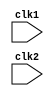
module pipe_MIPS32 (clk1,clk2);

input clk1,clk2;

reg [31:0] PC,IF_ID_IR,IF_ID_NPC;
reg [31:0] ID_EX_IR,ID_EX_NPC,ID_EX_A,ID_EX_B,ID_EX_Imm;
reg [2:0] ID_EX_type,EX_MEM_type,MEM_WB_type;
reg [31:0] EX_MEM_IR,EX_MEM_ALUOut,EX_MEM_B;
reg EX_MEM_cond;
reg [31:0] MEM_WB_IR,MEM_WB_ALUOut,MEM_WB_LMD;
reg [31:0] Reg[0:31];
reg [31:0] Mem[0:1023];
parameter ADD=6'b000000,SUB=6'b000001,AND=6'b000010,OR=6'b0000011,SLT=6'b000100,MUL=6'b000101,HLT=6'b111111, LW=6'b001000,
          SW=6'b001001,ADDI=6'b001010,SUBI=6'b001011,SLTI=6'b001100,BNEQZ=6'b001101,BEQZ=6'b001110;
parameter RR_ALU=3'b000,RM_ALU=3'b001,LOAD=3'b010, STORE=3'b011,BRANCH=3'B100,HALT=3'b101;

reg HALTED;
reg TAKEN_BRANCH;

//INSTRUCTION FETCH STAGE
always @(posedge clk1)
    if (HALTED==0)
    begin
        if (((EX_MEM_IR[31:26]==BEQZ) && (EX_MEM_cond==1))||((EX_MEM_IR[31:26]==BNEQZ) && (EX_MEM_cond==0)))
        begin
             IF_ID_IR      <=   #2 Mem[EX_MEM_ALUOut];
             TAKEN_BRANCH  <=   #2 1'b1;
             IF_ID_NPC     <=   #2 EX_MEM_ALUOut+1;
             PC            <=   #2 EX_MEM_ALUOut+1; 
        end        
        else
        begin
             IF_ID_IR      <=   #2 Mem[PC];
             IF_ID_NPC     <=   #2 PC+1;
             PC            <=   #2 PC+1;
        end
    end
 
 //INSTRUCTION DECODE STAGE
 always @(posedge clk2)
     if (HALTED == 0)
     begin
         if (IF_ID_IR[25:21]==5'b00000) ID_EX_A  <= 0;
         else ID_EX_A       <=  #2 Reg[IF_ID_IR[25:21]];
         
         if (IF_ID_IR[20:16]==5'b00000) ID_EX_B  <= 0;
         else ID_EX_B       <=  #2 Reg[IF_ID_IR[20:16]];
         
         ID_EX_NPC  <=  #2 IF_ID_NPC;
         ID_EX_IR   <=  #2 IF_ID_IR;
         ID_EX_Imm  <=  #2 {{16{IF_ID_IR[15]}},{IF_ID_IR[15:0]}};
         
         case (IF_ID_IR[31:26])
             ADD,SUB,OR,SLT,MUL: ID_EX_type <= #2 RR_ALU;
             ADDI,SUBI,SLTI    : ID_EX_type <= #2 RM_ALU;
             LW                : ID_EX_type <= #2 LOAD;
             SW                : ID_EX_type <= #2 STORE;
             BNEQZ,BEQZ         : ID_EX_type <= #2 BRANCH;
             HLT               : ID_EX_type <= #2 HALT;
             default           : ID_EX_type <= #2 HALT;  //invalid opcode then halt
          endcase
     end
     
//excecution stage 
always @(posedge clk1)
    if (HALTED==0)
    begin 
        EX_MEM_type   <=    #2 ID_EX_type;
        EX_MEM_IR     <=    #2 ID_EX_IR;
        TAKEN_BRANCH  <=    #2 0;
        
    case (ID_EX_type)
        
        RR_ALU: begin
                    case(ID_EX_IR[31:26]) 
                        ADD:    EX_MEM_ALUOut  <=  #2  ID_EX_A + ID_EX_B;
                        SUB:    EX_MEM_ALUOut  <=  #2  ID_EX_A - ID_EX_B;
                        AND:    EX_MEM_ALUOut  <=  #2  ID_EX_A & ID_EX_B;
                        OR:    EX_MEM_ALUOut   <=  #2  ID_EX_A | ID_EX_B;
                        SLT:    EX_MEM_ALUOut  <=  #2  ID_EX_A < ID_EX_B;
                        MUL:    EX_MEM_ALUOut  <=  #2  ID_EX_A * ID_EX_B;
                        default:    EX_MEM_ALUOut  <=  #2  32'hXXXXXXXX;
                    endcase
                end
         RM_ALU: begin
                    case (ID_EX_IR[31:26]) 
                        ADDI: EX_MEM_ALUOut <= #2 ID_EX_A + ID_EX_Imm;
                        SUBI: EX_MEM_ALUOut <= #2 ID_EX_A - ID_EX_Imm;
                        SLTI: EX_MEM_ALUOut <= #2 ID_EX_A < ID_EX_Imm;
                        default: EX_MEM_ALUOut <= #2 32'hXXXXXXXX;
                    endcase
                 end
         LOAD,STORE: begin
                         EX_MEM_ALUOut <= #2 ID_EX_A+ID_EX_Imm;
                         EX_MEM_cond   <= #2 ID_EX_B;
                     end
         BRANCH: begin
                     EX_MEM_ALUOut <= #2 ID_EX_NPC + ID_EX_Imm;
                     EX_MEM_cond   <= #2 (ID_EX_A==0);
                 end
         endcase
end

//memory stage
always @(posedge clk2) 
    if (HALTED==0)
    begin
        MEM_WB_type <= #2 EX_MEM_type;
        MEM_WB_IR   <= #2 EX_MEM_IR;
        
        case (EX_MEM_type)
            RR_ALU,RM_ALU: MEM_WB_ALUOut<= #2 EX_MEM_ALUOut;
            LOAD         : MEM_WB_LMD<= #2 Mem[EX_MEM_ALUOut];
            STORE        : if (TAKEN_BRANCH==0) 
                               Mem[EX_MEM_ALUOut] <= #2 EX_MEM_B;
        endcase
    end     
    
//writeback stage
always @(posedge clk1) 
    begin
        if(TAKEN_BRANCH==0)
        case (MEM_WB_type)
            RR_ALU:    Reg[MEM_WB_IR[15:11]] <= #2 MEM_WB_ALUOut;
            RM_ALU:    Reg[MEM_WB_IR[20:16]] <= #2 MEM_WB_ALUOut;
            LOAD  :    Reg[MEM_WB_IR[20:16]] <= #2 MEM_WB_LMD;
            HALT  :    HALTED<=#2 1'b1;
        endcase
    end               
endmodule